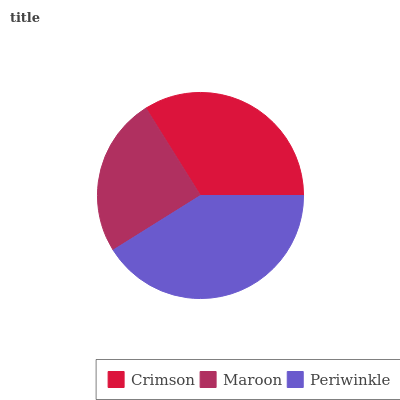
| Crimson | Maroon | Periwinkle |
 | --- | --- | --- |
 | 33.9% | 25% | 41.1% |